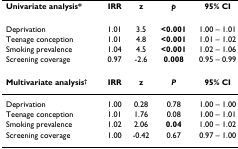
| Univariate analysis* | IRR | z | p | 95% CI |
 | --- | --- | --- | --- | --- |
 | Deprivation | 1.01 | 3.5 | <0.001 | 1.00 – 1.01 |
 | Teenage conception | 1.01 | 4.8 | <0.001 | 1.01 – 1.02 |
 | Smoking prevalence | 1.04 | 4.5 | <0.001 | 1.02 – 1.06 |
 | Screening coverage | 0.97 | -2.6 | 0.008 | 0.95 – 0.99 |
 | Multivariate analysis† | IRR | z | P | 95% CI |
 | Deprivation | 1.00 | 0.28 | 0.78 | 1.00 – 1.00 |
 | Teenage conception | 1.01 | 1.76 | 0.08 | 1.00 – 1.01 |
 | Smoking prevalence | 1.02 | 2.06 | 0.04 | 1.00 – 1.02 |
 | Screening coverage | 1.00 | -0.42 | 0.67 | 0.97 – 1.00 |